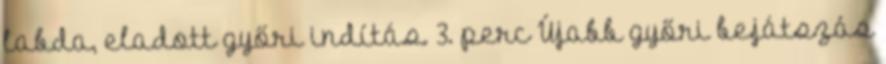
labda, eladott győri indítás. 3. perc Újabb győri bejátszás